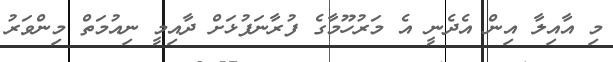
މި އާއިލާ އިން އެދެނީ އެ މަރުހޫމާގެ ފުރާނަފުޅަށް ދާއިމީ ނިއުމަތް މިންވަރު